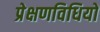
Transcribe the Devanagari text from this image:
प्रेक्षणविधियों